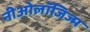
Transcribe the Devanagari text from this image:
नीओलॉजिज्म